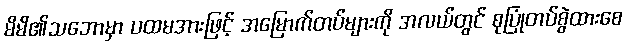
မိမိ၏သဘောမှာ ပထမအားဖြင့် အမြောက်တပ်များကို အလယ်တွင် စုပြုံတပ်စွဲထားစေ